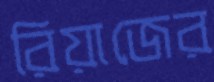
রিয়াজের